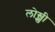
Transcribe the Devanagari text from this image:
लोख्खी